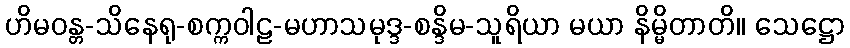
ဟိမဝန္တ-သိနေရု-စက္ကဝါဠ-မဟာသမုဒ္ဒ-စန္ဒိမ-သူရိယာ မယာ နိမ္မိတာတိ။ သေဋ္ဌော